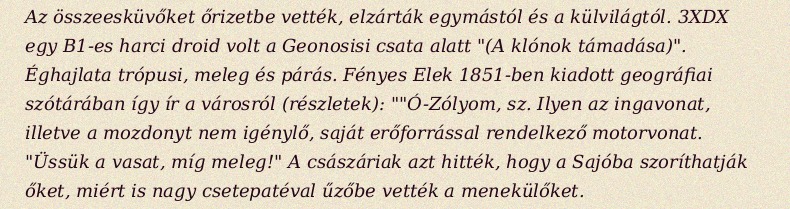
Az összeesküvőket őrizetbe vették, elzárták egymástól és a külvilágtól. 3XDX egy B1-es harci droid volt a Geonosisi csata alatt "(A klónok támadása)". Éghajlata trópusi, meleg és párás. Fényes Elek 1851-ben kiadott geográfiai szótárában így ír a városról (részletek): ""Ó-Zólyom, sz. Ilyen az ingavonat, illetve a mozdonyt nem igénylő, saját erőforrással rendelkező motorvonat. "Üssük a vasat, míg meleg!" A császáriak azt hitték, hogy a Sajóba szoríthatják őket, miért is nagy csetepatéval űzőbe vették a menekülőket.